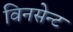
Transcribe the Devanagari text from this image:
विनसेन्ट